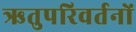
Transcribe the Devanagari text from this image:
ऋतुपरिवर्तनों